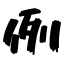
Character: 例